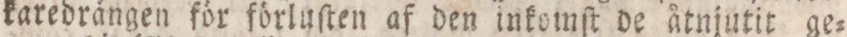
karedrängen för förluſten af den inkomſt de åtnjutit ge=